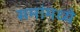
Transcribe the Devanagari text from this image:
समांमध्ये